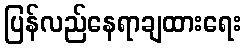
ပြန်လည်နေရာချထားရေး